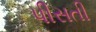
પીસતી